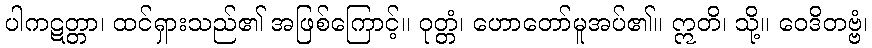
ပါကဋတ္တာ၊ ထင်ရှားသည်၏ အဖြစ်ကြောင့်။ ဝုတ္တံ၊ ဟောတော်မူအပ်၏။ ဣတိ၊ သို့။ ဝေဒိတဗ္ဗံ၊